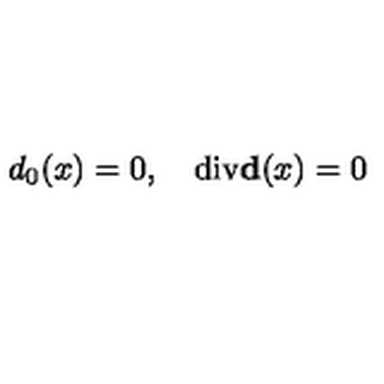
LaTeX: d _ { 0 } ( x ) = 0 , \quad \mathrm { d i v } { \bf d } ( x ) = 0